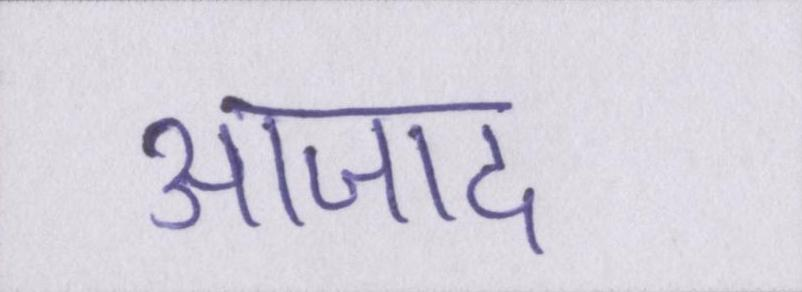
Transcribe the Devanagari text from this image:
आजाद